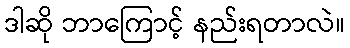
ဒါဆို ဘာကြောင့် နည်းရတာလဲ။